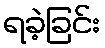
ရခဲ့ခြင်း